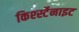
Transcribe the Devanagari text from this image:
किर्श्स्टेनाइट